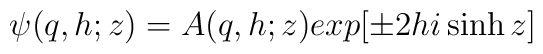
\psi(q,h;z) = A(q,h;z)exp[\pm 2hi\sinh z]